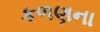
કળણના